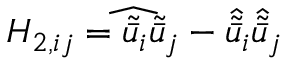
{ H _ { 2 , i j } } = \widehat { { { \tilde { \bar { u } } } _ { i } } { { \tilde { \bar { u } } } _ { j } } } - { \hat { \tilde { \bar { u } } } _ { i } } { \hat { \tilde { \bar { u } } } _ { j } }